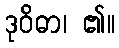
ဒုဝိဓာ၊ ၏။